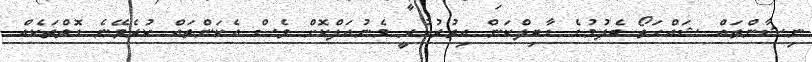
ނިޝާންތައް ޝައްހަތޯ ބެލުމުގެ ގާބިލްކަން އިތުރުކުރީ މެނުއަލްކޮށް ވެސް އެކަންތައް ކުރެވޭނެ ގޮތްތަކެއް